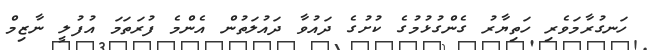
ހަނގުރާމަވެރި ހަތިޔާރު ގެންގުޅުމުގެ ކުށުގެ ދައުވާ ދައުލަތުން އެންމެ ފުރަތަމަ އުފުލީ ނާޒިމް